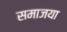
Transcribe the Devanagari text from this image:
समाजया